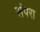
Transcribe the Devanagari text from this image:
संपरा